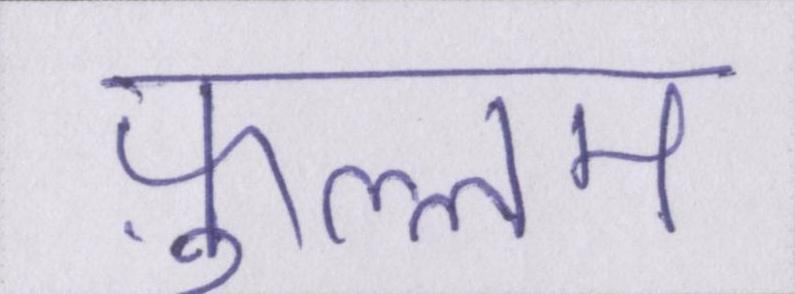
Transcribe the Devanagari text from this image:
फ़ुल्लम